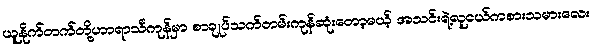
ယူနိုက်တက်တို့ဟာရာသီကုန်မှာ စာချုပ်သက်တမ်းကုန်ဆုံးတော့မယ့် အသင်းရဲ့လူငယ်ကစားသမားလေး